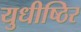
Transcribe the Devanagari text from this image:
युधीष्ठिर